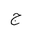
Letter: _gim